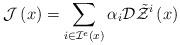
LaTeX: \begin{align*}\mathcal{J}\left(x\right)=\sum_{i\in\mathcal{I}^{e}\left(x\right)}\alpha_{i}\mathcal{D}\tilde{\mathcal{Z}}^{i}\left(x\right)\end{align*}